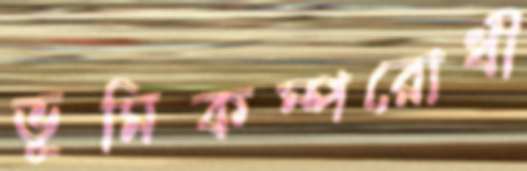
ভূমিকম্পরোধী